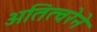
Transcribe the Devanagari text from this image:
अतित्वरेने